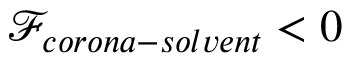
\mathcal { F } _ { c o r o n a - s o l v e n t } < 0